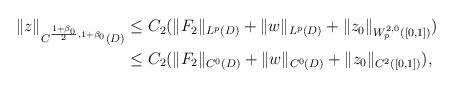
LaTeX: \begin{align*}\begin{aligned}\|z\|_{C^{\frac{1+\beta_0}{2},1+\beta_0}(D)} &\leq C_2(\|F_2\|_{L^p(D)} + \|w\|_{L^p(D)}+ \|z_0\|_{W^{2,0}_{p}([0,1])})\\& \leq C_2(\|F_2\|_{C^0(D)}+ \|w\|_{C^0(D)} + \|z_0\|_{C^{2}([0,1])}),\end{aligned}\end{align*}